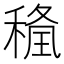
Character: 𥠢